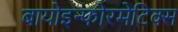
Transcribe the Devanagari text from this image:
बायोइन्फोरमेटिक्स